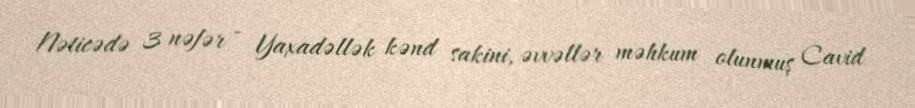
Nəticədə 3 nəfər - Yaxadəllək kənd sakini, əvvəllər məhkum olunmuş Cavid